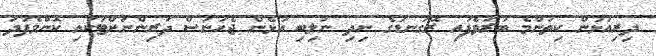
ދިރިއުޅުން ކިތަންމެ ބުރަވެފައި ރޭގަނޑުގެ ނިދި ނުލިބި އުޅެން ޖެހުނަސް ދަރިންނަށްޓަކައި ކޮންމެފަދަ